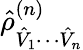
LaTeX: \hat{\rho}_{\hat{V}_{1}\cdots\hat{V}_{n}}^{(n)}